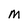
Character: M